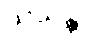
သယန္တိ